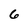
Character: 6